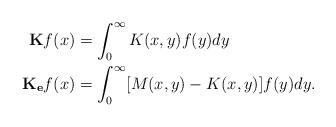
LaTeX: \begin{align*}\begin{aligned}\mathbf{K}f(x) &= \int_{0}^{\infty}K(x,y)f(y)dy \\\mathbf{K_{e}}f(x) &= \int_{0}^{\infty} [M(x,y)-K(x,y)]f(y)dy.\end{aligned}\end{align*}